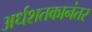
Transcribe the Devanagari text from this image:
अर्धशतकानंतर